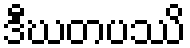
ဒီဃတပဿိ